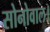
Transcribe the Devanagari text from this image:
सोनोवाल।